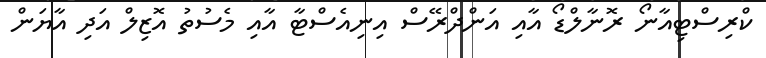
ކްރިސްޓިއާނޯ ރޮނާލްޑޯ އާއި އަންދްރޭސް އިނިއެސްޓާ އާއި މެސުތު އޮޒިލް އަދި އާޔަން